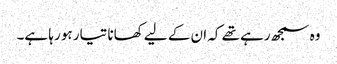
وہ سمجھ رہے تھے کہ ان کے لیے کھانا تیار ہو رہا ہے۔